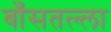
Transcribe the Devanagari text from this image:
बाँसतल्‍ला